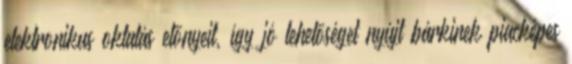
elektronikus oktatás elõnyeit, így jó lehetõséget nyújt bárkinek piacképes